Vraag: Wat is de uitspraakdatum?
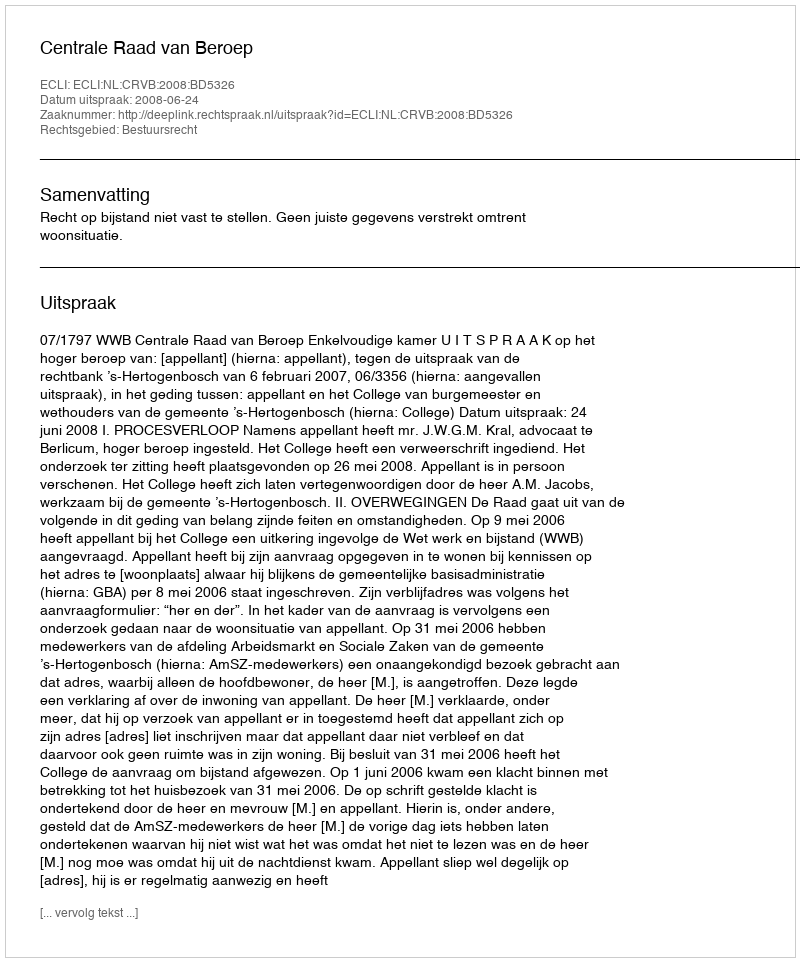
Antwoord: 2008-06-24